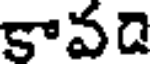
కావది